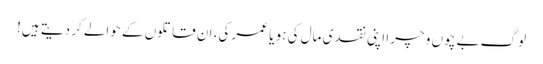
لوگ بے چوں و چرا اپنی نقدی مال کی ہو یا عمر کی، ان قاتلوں کے حوالے کر دیتے ہیں!